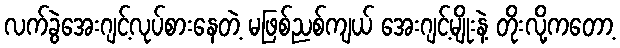
လက်ခွဲအေးဂျင့်လုပ်စားနေတဲ့ မဖြစ်ညစ်ကျယ် အေးဂျင့်မျိုးနဲ့ တိုးလို့ကတော့